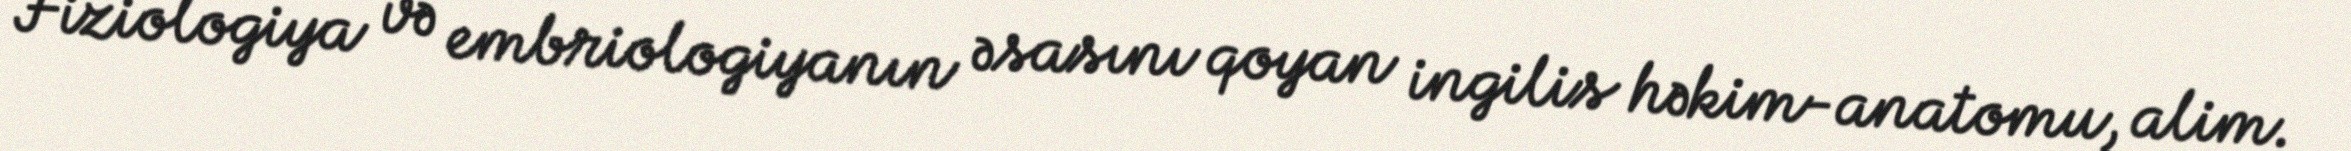
Fiziologiya və embriologiyanın əsasını qoyan ingilis həkim-anatomu, alim.